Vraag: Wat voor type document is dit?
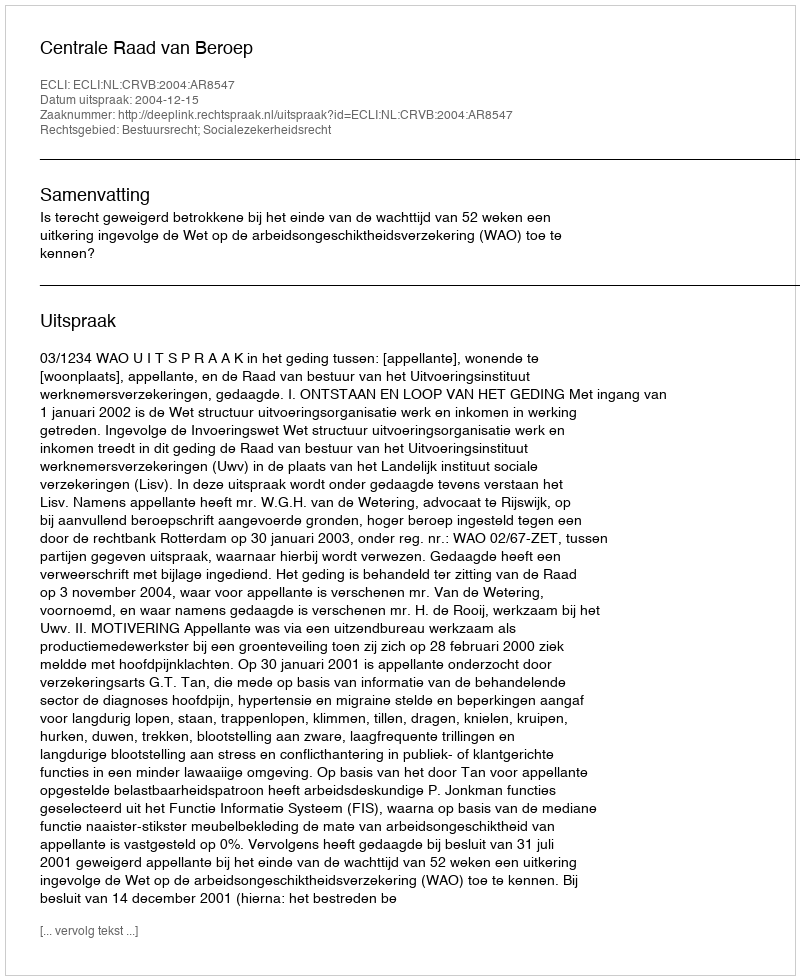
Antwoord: Uitspraak